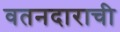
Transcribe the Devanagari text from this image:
वतनदाराची